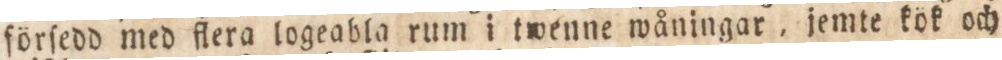
förſedd med flera logeabla rum i twenne wåningar, jemte kök och